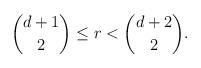
LaTeX: \begin{align*}\binom{d+1}{2} \leq r < \binom{d+2}{2}. \end{align*}